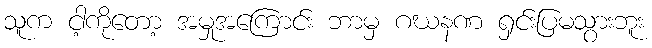
သူက ငါ့ကိုတော့ အမှုအကြောင်း ဘာမှ ဂဃနဏ ရှင်းပြမသွားဘူး